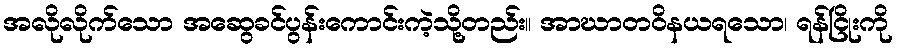
အလိုလိုက်သော အဆွေခင်ပွန်းကောင်းကဲ့သို့တည်း။ အာဃာတဝိနယရသော၊ ရန်ငြိုးကို